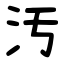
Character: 汚